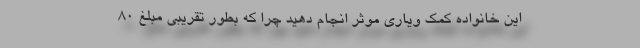
این خانواده کمک ویاری موثر انجام دهید چرا که بطور تقریبی مبلغ ۸۰